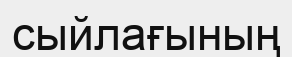
сыйлағының